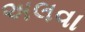
અલવા